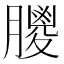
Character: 𦡙